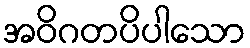
အဝိဂတပိပါသော